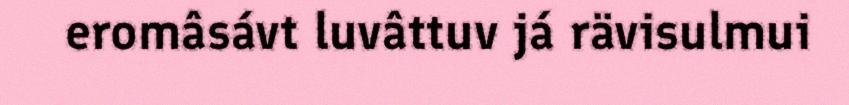
eromâsávt luvâttuv já rävisulmui